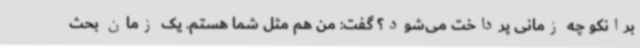
برانکو چه زمانی پرداخت می‌شود؟ گفت: من هم مثل شما هستم. یک زمان بحث